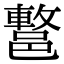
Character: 𨝩